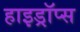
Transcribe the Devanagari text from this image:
हाइड्रॉप्स